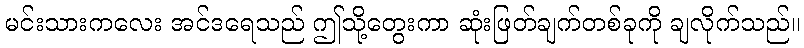
မင်းသားကလေး အင်ဒရေသည် ဤသို့တွေးကာ ဆုံးဖြတ်ချက်တစ်ခုကို ချလိုက်သည်။